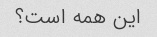
این همه است؟